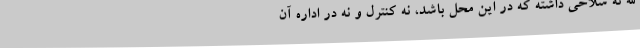
الله نه سلاحی داشته که در این محل باشد، نه کنترل و نه در اداره آن